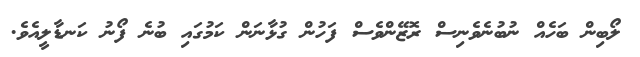
ލޯބިން ބަހެއް ނުބުނެވެނިސް ރޮޒޭންވެސް ފަހުން ގުޅާނަން ކަމުގައި ބުނެ ފޯނު ކަނޑާލީއެވެ.